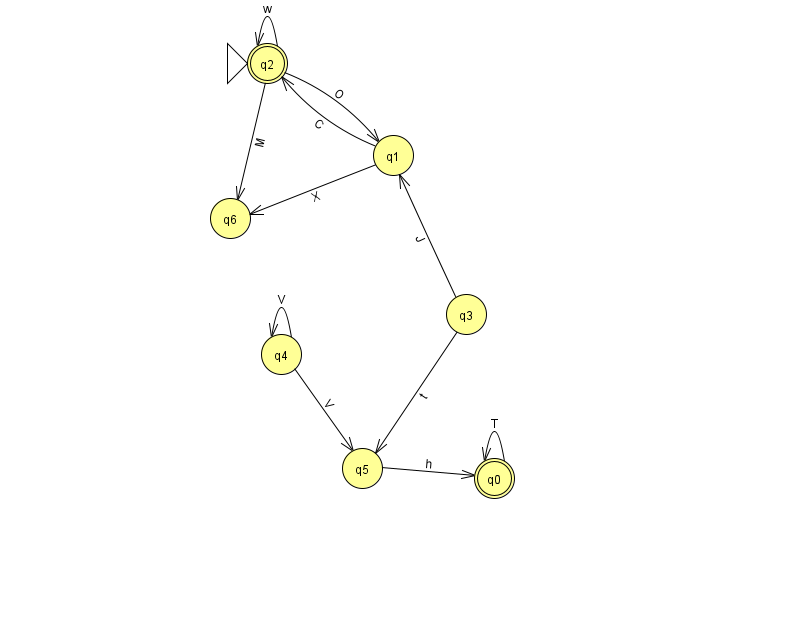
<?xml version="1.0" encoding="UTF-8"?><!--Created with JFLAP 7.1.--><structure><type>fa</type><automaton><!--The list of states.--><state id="0" name="q0"><x>494.0</x><y>465.0</y><final/></state><state id="1" name="q1"><x>393.0</x><y>142.0</y></state><state id="2" name="q2"><x>267.0</x><y>50.0</y><initial/><final/></state><state id="3" name="q3"><x>466.0</x><y>301.0</y></state><state id="4" name="q4"><x>281.0</x><y>341.0</y></state><state id="5" name="q5"><x>362.0</x><y>455.0</y></state><state id="6" name="q6"><x>230.0</x><y>205.0</y></state><!--The list of transitions.--><transition><from>5</from><to>0</to><read>h</read></transition><transition><from>2</from><to>1</to><read>O</read></transition><transition><from>0</from><to>0</to><read>T</read></transition><transition><from>4</from><to>5</to><read>V</read></transition><transition><from>4</from><to>4</to><read>V</read></transition><transition><from>1</from><to>6</to><read>X</read></transition><transition><from>2</from><to>2</to><read>w</read></transition><transition><from>3</from><to>1</to><read>J</read></transition><transition><from>3</from><to>5</to><read>t</read></transition><transition><from>2</from><to>6</to><read>M</read></transition><transition><from>1</from><to>2</to><read>C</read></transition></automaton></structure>